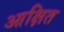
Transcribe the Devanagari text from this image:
आक्षित